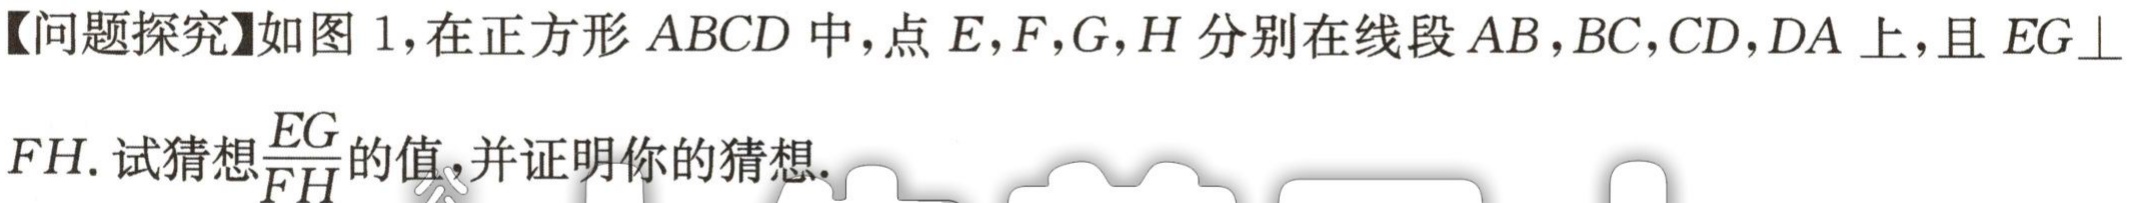
【问题探究】如图 1，在正方形 \(ABCD\) 中，点 \(E,F,G,H\) 分别在线段 \(AB,BC,CD,DA\) 上，且 \(EG\perp FH\). 试猜想\(\frac{EG}{FH}\)的值，并证明你的猜想.